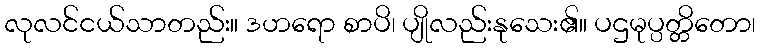
လုလင်ငယ်သာတည်း။ ဒဟရော စာပိ၊ ပျိုလည်းနုသေး၏။ ပဌမုပ္ပတ္တိတော၊